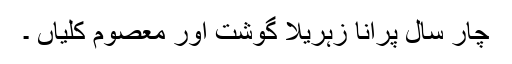
چار سال پرانا زہریلا گوشت اور معصوم کلیاں ۔